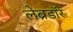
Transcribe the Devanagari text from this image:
लेब्रडॉर